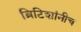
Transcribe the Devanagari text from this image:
ब्रिटिशांनीच